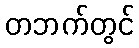
တဘက်တွင်